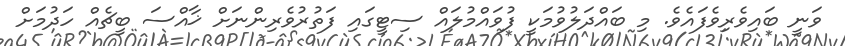
ވަނީ ބައިވެރިވެފައެވެ. މި ބައްދަލުވުމަކީ ފުވައްމުލައް ސިޓީގައި ފަތުރުވެރިންނަށް ޚާއްސަ ބީޗެއް ހަދުމަށް